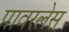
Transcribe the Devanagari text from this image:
पावरलेस